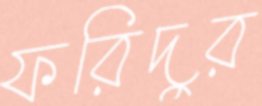
ফরিদুর